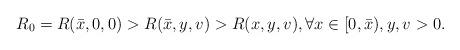
LaTeX: \begin{align*} R_0= R(\bar{x},0,0)>R(\bar{x},y,v)>R(x,y,v), \forall x \in [0, \bar{x}),y,v>0. \end{align*}